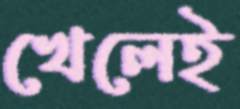
খেলেই